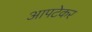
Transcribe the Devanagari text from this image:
आपटेकर